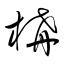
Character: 構